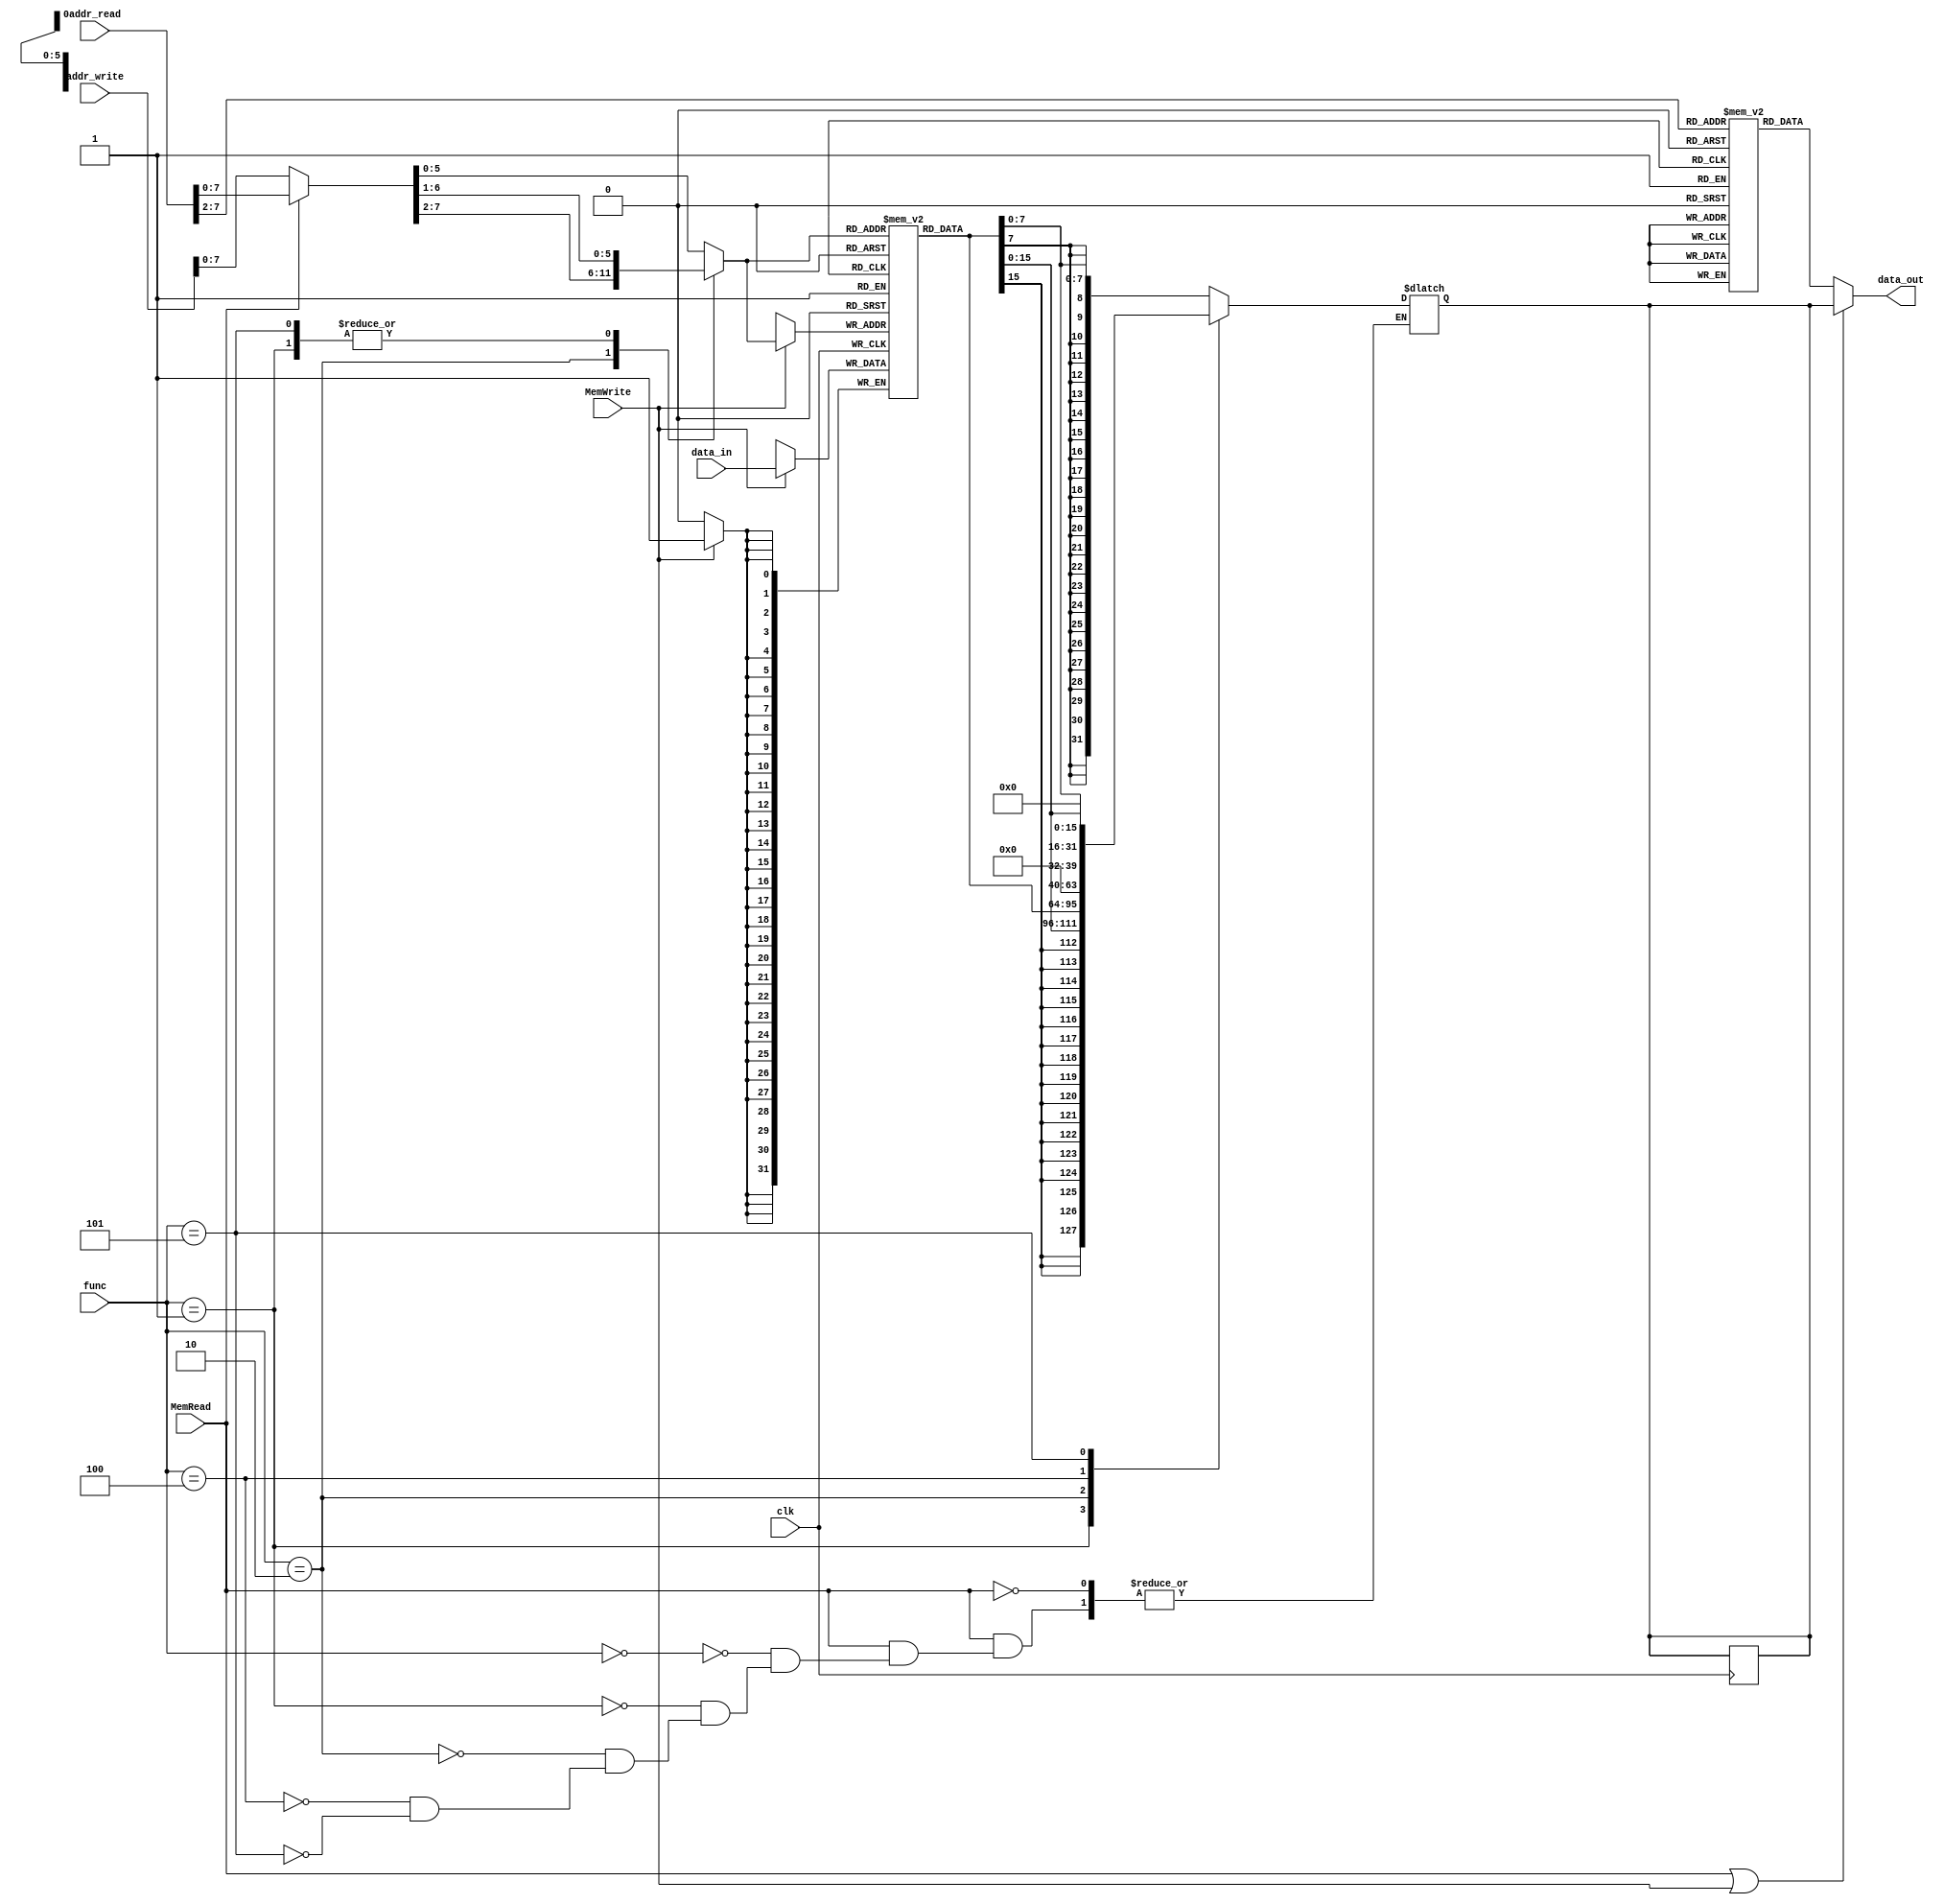
`timescale 1ns / 1ps

module IDM_new(
    input  wire        clk, MemRead, MemWrite, 
    input  wire [31:0] addr_read, 
    input  wire [31:0] addr_write, 
    input  wire [02:0] func,
    input  wire [31:0] data_in, 
    output wire [31:0] data_out
);
    reg [31:0] IM [0:63];
    reg [31:0] DM [0:63];
    reg [31:0] data;
    
    wire [31:0] next_inst;
   
    assign next_inst = IM[addr_read >> 2];
    
    reg [31:0] real_addr;

    always @(func, MemRead, MemWrite) begin
        real_addr = (MemRead)? addr_read : addr_write;
        case(func) 
            3'b000:  real_addr = real_addr; // LB
            3'b001:  real_addr = (real_addr >> 1); // LH
            3'b010:  real_addr = (real_addr >> 2); // LW
            3'b100:  real_addr = real_addr; //LBU
            3'b101:  real_addr = (real_addr >> 1); //LHU
            default: real_addr = real_addr;
        endcase
    end

    always@(negedge clk) begin
        if(MemWrite)
            DM[real_addr] = data_in;
        else data = data;
    end

    always @(*) begin
        if (MemRead) begin
            case(func)
                3'b000: data = {{24{DM[real_addr][7]}},{DM[real_addr][7:0]}};
                3'b001: data = {{16{DM[real_addr][15]}},{DM[real_addr][15:0]}};
                3'b010: data = DM[real_addr];
                3'b100: data = {{24{1'b0}},{DM[real_addr][7:0]}};
                3'b101: data = {{16{1'b0}},{DM[real_addr][15:0]}};
            endcase
        end
        else data = data;
    end
    
    assign data_out = (MemRead | MemWrite) ? data : next_inst;
    
    initial begin 
        DM[0]=32'd2555;
        DM[1]=32'd9;
        DM[2]=32'd25;
    end
    
    initial begin
        IM[0] = 32'd225;
        IM[1] = 32'd226;
        IM[2] = 32'd227;
        IM[3] = 32'd228;
        IM[4] = 32'd229; 
    end
endmodule